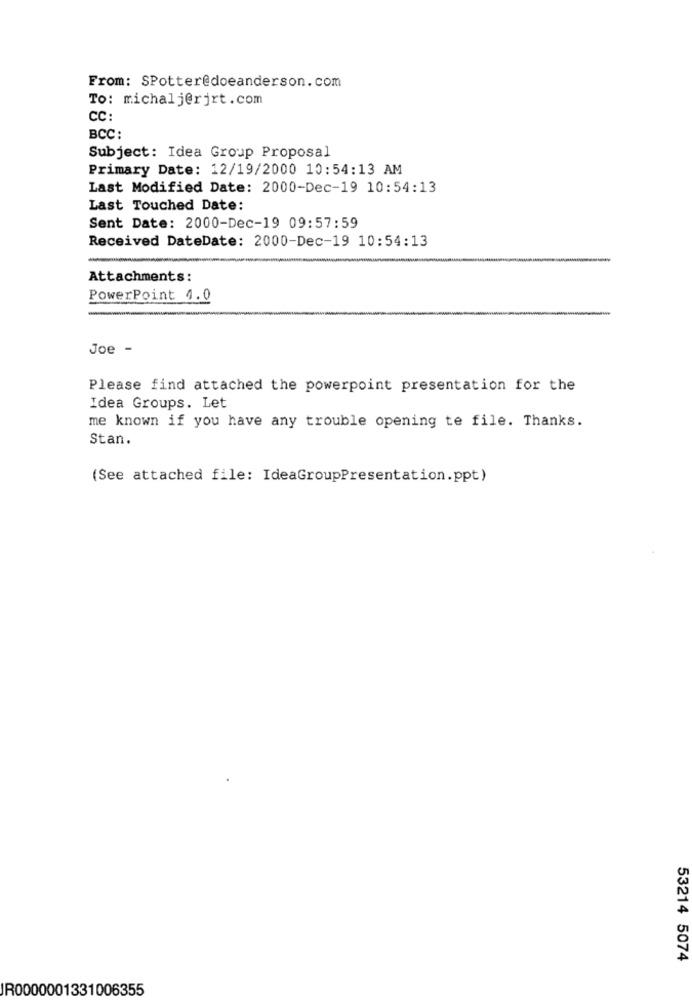
From: SPotter@doeanderson.com
To: michalj@rjrt.com
CC:
BCC:
Subject: Idea Group Proposal
Primary Date: 12/19/2000 10:54:13 AM
Last Modified Date: 2000-Dec-19 10:54:13
Last Touched Date:
Sent Date: 2000-Dec-19 09:57:59
Received DateDate: 2000-Dec-19 10:54:13
Attachments:
PowerPoint 4.0
Joe -
Please find attached the powerpoint presentation for the
Idea Groups. Let
me known if you have any trouble opening te file. Thanks.
Stan.
(See attached file: IdeaGroupPresentation.ppt)
53214 5074
JR0000001331006355